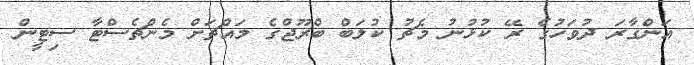
އަންގާރަ ދުވަހުގެ ރޭ ކުޅުނު މެޗު ކުލަބް ބްރޫޖްގެ މައްޗަށް މެންޗެސްޓާ ސިޓީން